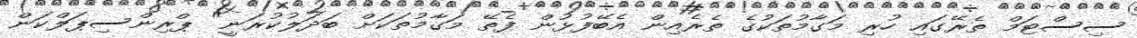
ސިސްޓަމް ތެރޭގައި ހުރި މަގާމުތަކުގެ ތެރެއިން އެބޭފުޅުން ފެތޭ މަގާމުތަކަށް ބަދަލުކުރަނީ" ޕްރިންސިޕަލްކަން